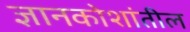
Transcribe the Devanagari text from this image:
ज्ञानकोशांतील